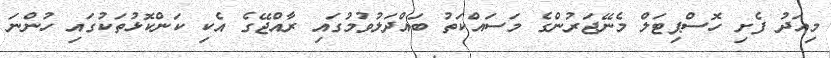
މިއަދު ފެށި ހޮސްޕިޓަލް މެނޭޖަރުންގެ މަސައްކަތު ބައްދަލުވުމުގައި ރާއްޖޭގެ އެކި ކަންކޮޅުތަކުގައި ހުންނަ